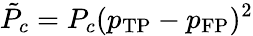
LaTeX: \tilde{P}_{c}=P_{c}(p_{\mathrm{TP}}-p_{\mathrm{FP}})^{2}